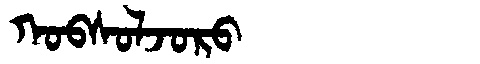
Manchu: ᡴᠣᠪᠰᠣᠯᠵᠣᡵᠣ
Romanization: KOBSOLJORO